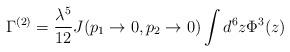
LaTeX: \begin{align*}\Gamma^{(2)}=\frac{\lambda^5}{12}J(p_1\rightarrow 0,p_2\rightarrow 0)\int d^6z\Phi^3(z)\end{align*}